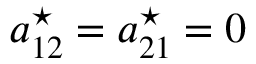
a _ { 1 2 } ^ { \star } = a _ { 2 1 } ^ { \star } = 0